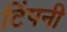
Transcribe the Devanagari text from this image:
टिंपनी